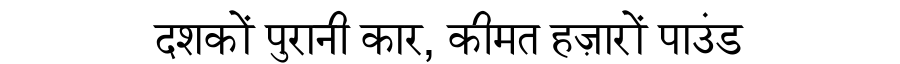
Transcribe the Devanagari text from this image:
दशकों पुरानी कार, कीमत हज़ारों पाउंड